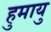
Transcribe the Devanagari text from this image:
हुमायु